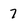
Character: 7